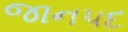
જાનપદ